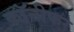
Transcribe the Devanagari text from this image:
कॉनीफर